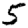
Digit: 5